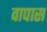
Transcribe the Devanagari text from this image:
वापास